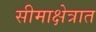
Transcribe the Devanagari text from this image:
सीमाक्षेत्रात